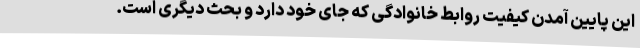
این پایین آمدن کیفیت روابط خانوادگی که جای خود دارد و بحث دیگری است.